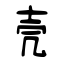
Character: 壳